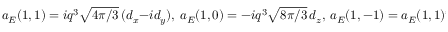
a _ { E } ( 1 , 1 ) = i q ^ { 3 } \sqrt { 4 \pi / 3 } \, ( d _ { x } - i d _ { y } ) , \ a _ { E } ( 1 , 0 ) = - i q ^ { 3 } \sqrt { 8 \pi / 3 } \, d _ { z } , \ a _ { E } ( 1 , - 1 ) = a _ { E } ( 1 , 1 ) ^ { * }